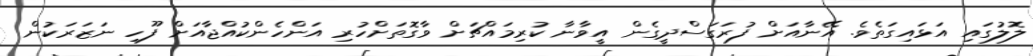
ލޮލުގައި އަޅައިގަތެވެ. އޭނާއަށް ފުރަގަސްދީގެން އީވާނާ ކުރިމައްޗަށް ވާގޮތަށްހުރި އަންހެންކުއްޖާއަށް ފޫހި ނަޒަރަކުން